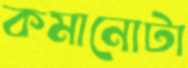
কমানোটা